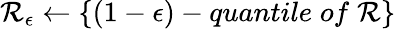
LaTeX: \mathcal{R}_{\epsilon}\leftarrow\left\{ (1-\epsilon)-quantile\; of\; \mathcal{R}\right\}